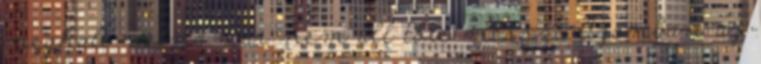
meghalt volna. Bár nem áll tőle messze Azonban az